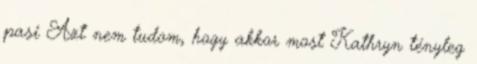
pasi Azt nem tudom, hogy akkor most Kathryn tényleg